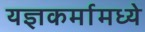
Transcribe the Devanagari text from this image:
यज्ञकर्मामध्ये